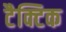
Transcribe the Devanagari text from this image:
टैक्टिक